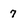
Character: 7